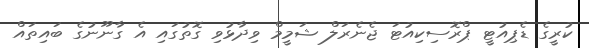
ކުރީގެ ޑެޕިއުޓީ ޕްރޮސިކިއުޓަ ޖެނެރަލް ޝަމީމް ވިދާޅުވި ގޮތުގައި އެ ގާނޫނުގެ ބައިތައް